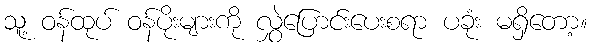
သူ့ ဝန်ထုပ် ဝန်ပိုးများကို လွှဲပြောင်းပေးစရာ ပခုံး မရှိတော့။